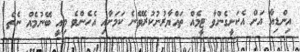
އިންޑިއާ އަށް އެކަށީގެންވާ ޓީމެއް ތައްޔާރުނުކުރެވޭނެ ކަމަށާއި އެހެންވެ މިއީ ބޭނުމެއް ނެތް